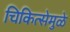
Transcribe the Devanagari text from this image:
चिकित्सेमुळे